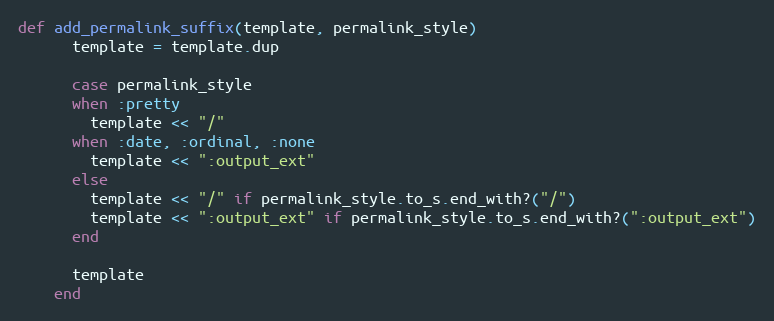
Language: Ruby
def add_permalink_suffix(template, permalink_style)
      template = template.dup

      case permalink_style
      when :pretty
        template << "/"
      when :date, :ordinal, :none
        template << ":output_ext"
      else
        template << "/" if permalink_style.to_s.end_with?("/")
        template << ":output_ext" if permalink_style.to_s.end_with?(":output_ext")
      end

      template
    end